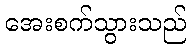
အေးစက်သွားသည်